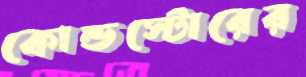
কোল্ডস্টোরের